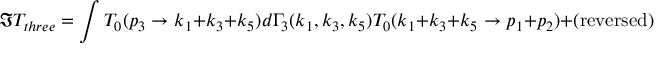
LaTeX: \Im T _ { t h r e e } = \int T _ { 0 } ( p _ { 3 } \rightarrow k _ { 1 } + k _ { 3 } + k _ { 5 } ) d \Gamma _ { 3 } ( k _ { 1 } , k _ { 3 } , k _ { 5 } ) T _ { 0 } ( k _ { 1 } + k _ { 3 } + k _ { 5 } \rightarrow p _ { 1 } + p _ { 2 } ) + \mathrm { ( r e v e r s e d ) } .